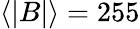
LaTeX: \langle\lvert B\rvert\rangle=255